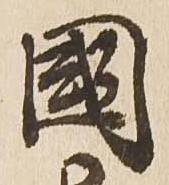
国